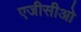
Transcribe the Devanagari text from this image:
एजीसीओ